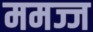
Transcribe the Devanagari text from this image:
ममज्ज